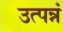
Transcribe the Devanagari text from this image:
उत्पन्नं